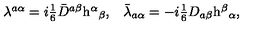
\begin{array} { c c } { \lambda ^ { a \alpha } = i \textstyle { \frac { 1 } { 6 } } \bar { D } ^ { a \beta } \mathrm { h } ^ { \alpha } { } _ { \beta } , } & { \bar { \lambda } _ { a \alpha } = - i \textstyle { \frac { 1 } { 6 } } D _ { a \beta } \mathrm { h } ^ { \beta } { } _ { \alpha } , } \\ \end{array}